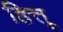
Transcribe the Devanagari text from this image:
हित्तू